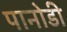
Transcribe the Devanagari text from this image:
पानोडी